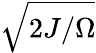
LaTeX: \sqrt{2J/\Omega}